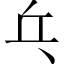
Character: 乓